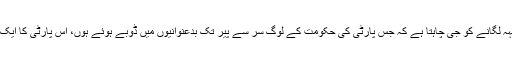
وزیر داخلہ کے اس بیان پر بے اختیار قہقہہ لگانے کو جی چاہتا ہے کہ جس پارٹی کی حکومت کے لوگ سر سے پیر تک بدعنوانیوں میں ڈوبے ہوئے ہوں، اس پارٹی کا ایک وزیر ایسی مضحکہ خیز بات کر رہا ہے۔